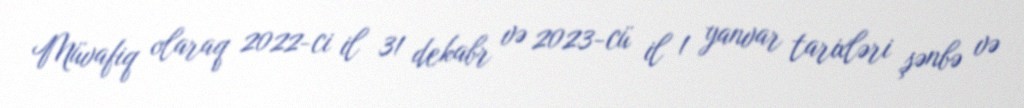
Müvafiq olaraq 2022-ci il 31 dekabr və 2023-cü il 1 yanvar tarixləri şənbə və